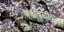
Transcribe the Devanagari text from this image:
हक्कावरील